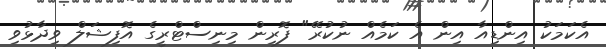
އެކަމަކު އިންޑިއާ އިން އެ ކަމެއް ނުކުރޭ" ފޮރިން މިނިސްޓްރީގެ އޮފިޝަލް ވިދާޅުވި